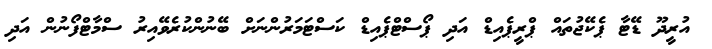
އުރީދޫ ޑޭޓާ ޕެކޭޖުތައް ޕްރީޕެއިޑް އަދި ޕޯސްޓްޕެއިޑް ކަސްޓަމަރުންނަށް ބޭނުންކުރެވޭއިރު ސްމާޓްފޯނުން އަދި